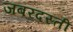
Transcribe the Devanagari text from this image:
जबरदस्‍ती